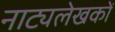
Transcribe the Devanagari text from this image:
नाट्यलेखकों